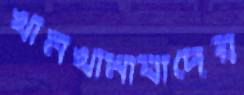
খানখানাবাদের